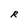
Character: R